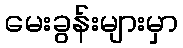
မေးခွန်းများမှာ